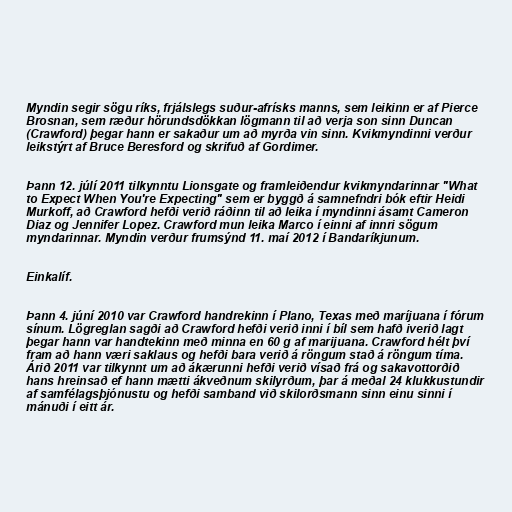
Myndin segir sögu ríks, frjálslegs suður-afrísks manns, sem leikinn er af Pierce
Brosnan, sem ræður hörundsdökkan lögmann til að verja son sinn Duncan
(Crawford) þegar hann er sakaður um að myrða vin sinn. Kvikmyndinni verður
leikstýrt af Bruce Beresford og skrifuð af Gordimer.

Þann 12. júlí 2011 tilkynntu Lionsgate og framleiðendur kvikmyndarinnar "What
to Expect When You're Expecting" sem er byggð á samnefndri bók eftir Heidi
Murkoff, að Crawford hefði verið ráðinn til að leika í myndinni ásamt Cameron
Diaz og Jennifer Lopez. Crawford mun leika Marco í einni af innri sögum
myndarinnar. Myndin verður frumsýnd 11. maí 2012 í Bandaríkjunum.

Einkalíf.

Þann 4. júní 2010 var Crawford handrekinn í Plano, Texas með maríjuana í fórum
sínum. Lögreglan sagði að Crawford hefði verið inni í bíl sem hafð iverið lagt
þegar hann var handtekinn með minna en 60 g af marijuana. Crawford hélt því
fram að hann væri saklaus og hefði bara verið á röngum stað á röngum tíma.
Árið 2011 var tilkynnt um að ákærunni hefði verið vísað frá og sakavottorðið
hans hreinsað ef hann mætti ákveðnum skilyrðum, þar á meðal 24 klukkustundir
af samfélagsþjónustu og hefði samband við skilorðsmann sinn einu sinni í
mánuði í eitt ár.